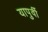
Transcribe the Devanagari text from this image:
यापुर्वी